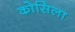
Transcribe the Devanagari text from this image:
कोसिला